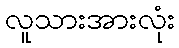
လူသားအားလုံး